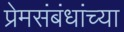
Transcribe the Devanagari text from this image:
प्रेमसंबंधांच्या